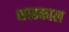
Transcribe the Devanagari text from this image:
शाहकाल